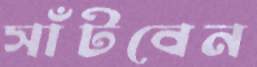
সাঁটবেন